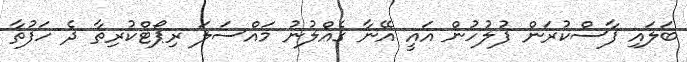
ބަލައި ފާސްކުރަން ފުލުހުން އައީ އޭނާ ގެއްލުނު މައްސަލަ ރިޕޯޓްކުރިތާ ދެ ހަފުތާ